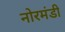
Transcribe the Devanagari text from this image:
नोरमंडी